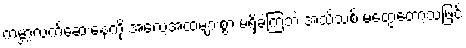
ကမ္ဘာ့လက်ဆေးနေ့ကို အလေ့အထများစွာ မရှိခဲ့ကြဘဲ အသိသစ် မတွေ့တော့သဖြင့်